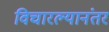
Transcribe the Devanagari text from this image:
विचारल्यानंतर